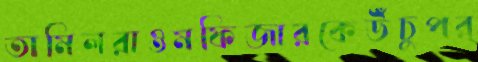
তামিলরাওমফিজারকেউঁচুপর্